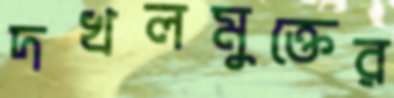
দখলমুক্তের